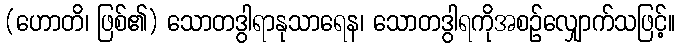
(ဟောတိ၊ ဖြစ်၏) သောတဒွါရာနုသာရေန၊ သောတဒွါရကိုအစဉ်လျှောက်သဖြင့်။